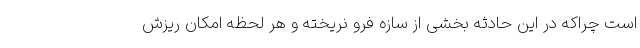
است چراکه در این حادثه بخشی از سازه فرو نریخته و هر لحظه امکان ریزش